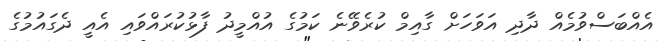
އެއްބަސްވުމެއް ދާދި އަވަހަށް ގާއިމް ކުރެވޭނެ ކަމުގެ އުއްމީދު ފާޅުކުރައްވައި އެއީ ދެގައުމުގެ